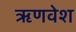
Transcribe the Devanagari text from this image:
ऋणवेश